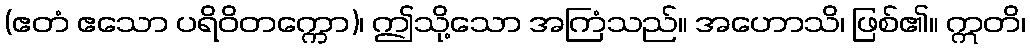
(ဧတံ ဧသော ပရိဝိတက္ကော)၊ ဤသို့သော အကြံသည်။ အဟောသိ၊ ဖြစ်၏။ ဣတိ၊